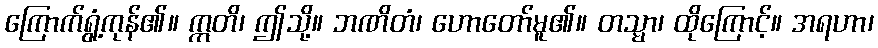
ကြောက်ရွံ့ကုန်၏။ ဣတိ၊ ဤသို့။ ဘဏိတံ၊ ဟောတော်မူ၏။ တသ္မာ၊ ထိုကြောင့်။ အရဟာ၊